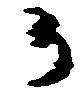
か